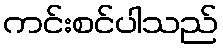
ကင်းစင်ပါသည်